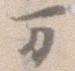
万